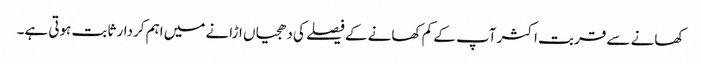
کھانے سے قربت اکثر آپ کے کم کھانے کے فیصلے کی دھجیاں اڑانے میں اہم کردار ثابت ہوتی ہے۔